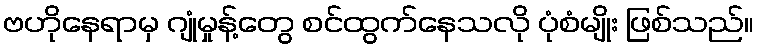
ဗဟိုနေရာမှ ဂျုံမှုန့်တွေ စင်ထွက်နေသလို ပုံစံမျိုး ဖြစ်သည်။